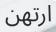
ارتھن